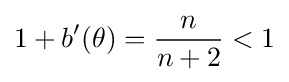
1+b'(\theta )={\frac {n}{n+2}}<1